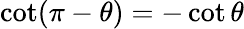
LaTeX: \cot(\pi-\theta)=-\cot\theta